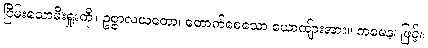
ငြိမ်းသောမီးရှုးကို။ ဥဇ္ဇာလယတော၊ တောက်စေသော ယောကျ်ားအား။ ကမေန၊ ဖြင့်။